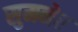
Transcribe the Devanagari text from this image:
सुमनेर